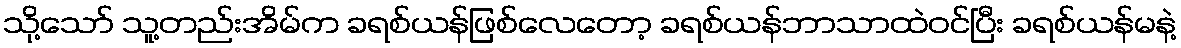
သို့သော် သူ့တည်းအိမ်က ခရစ်ယန်ဖြစ်လေတော့ ခရစ်ယန်ဘာသာထဲဝင်ပြီး ခရစ်ယန်မနဲ့